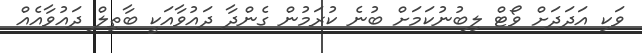
ވަކި އަދަދަށް ވޯޓް ލިބުނުކަމަށް ބުނެ ކުރަމުން ގެންދާ ދައުވާއަކީ ބާތިލް ދައުވާއެއް